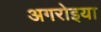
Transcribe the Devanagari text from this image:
अगरोइया